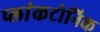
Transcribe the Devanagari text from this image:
प्लांकटोनिक